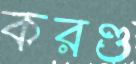
করণ্ড